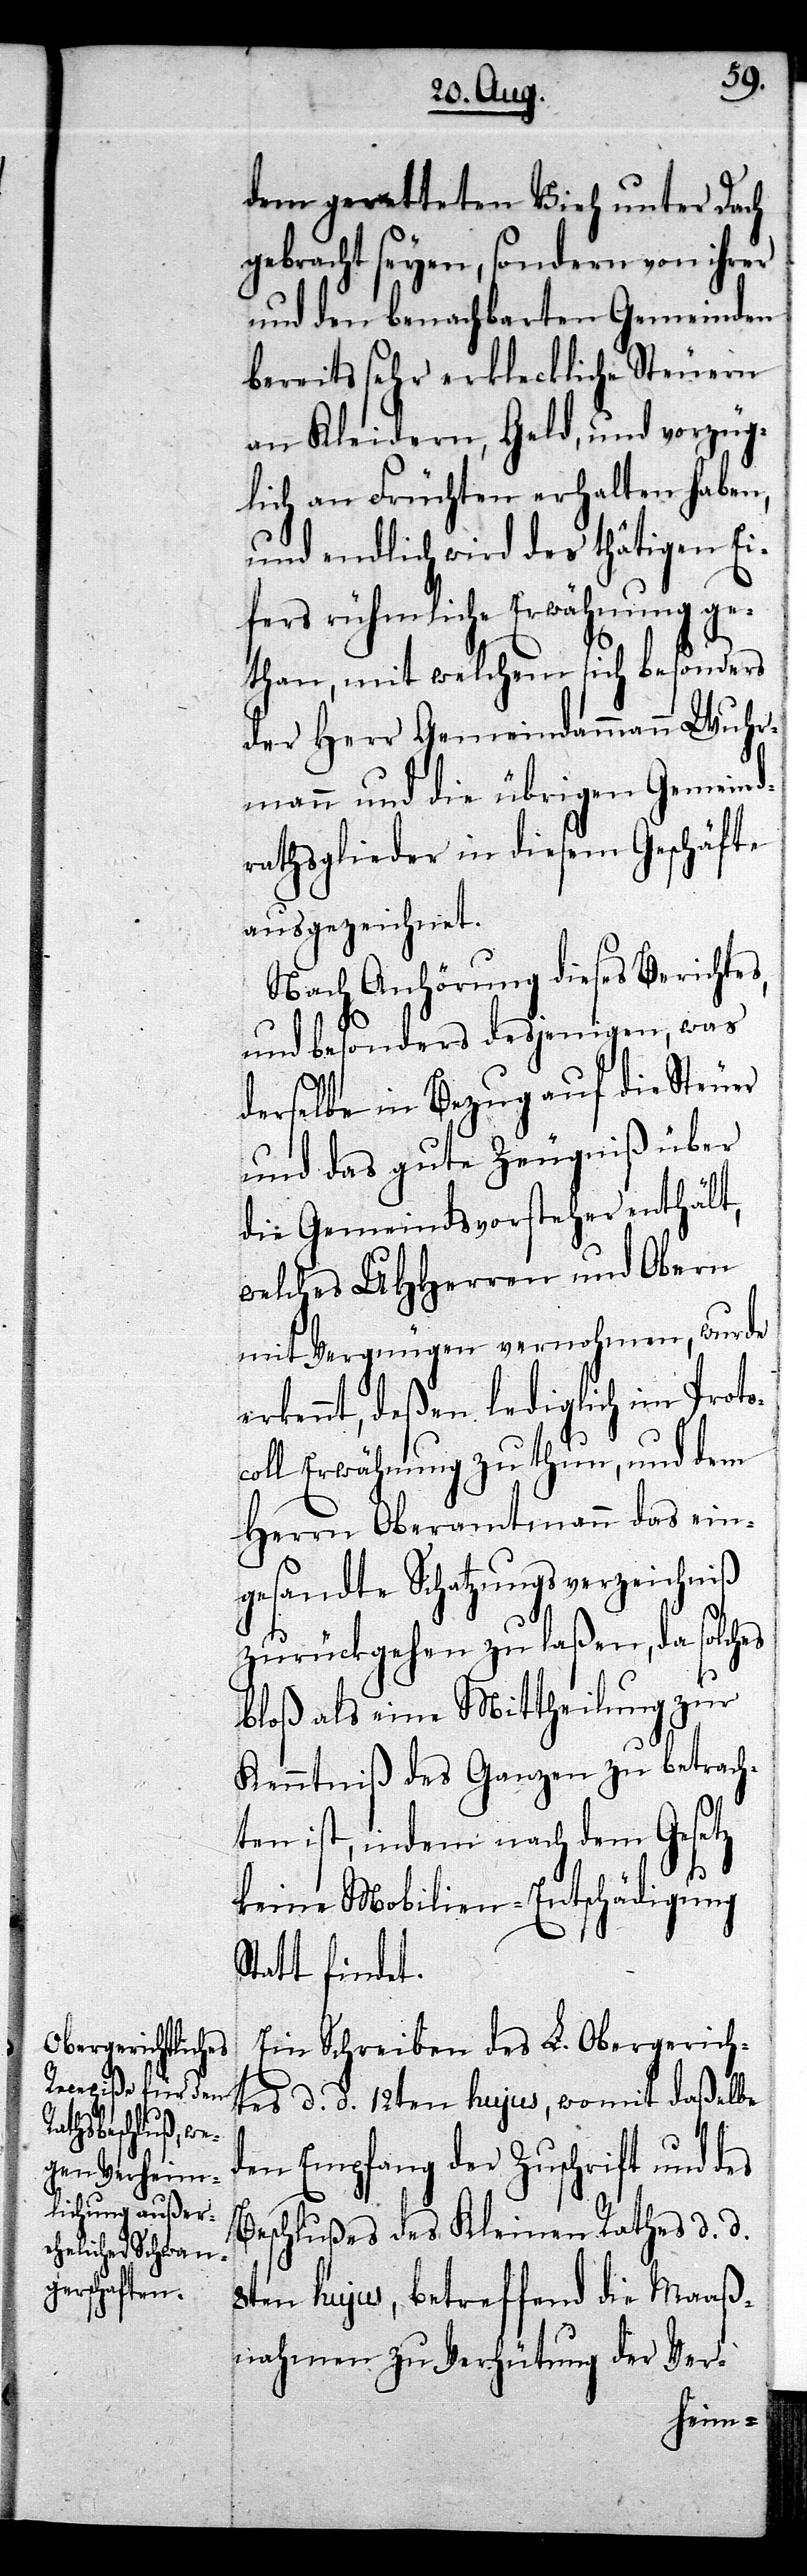
dem geretteten Vieh unter Dach
gebracht seyen, sondern von ihrer
und den benachbarten Gemeinden
bereits sehr erkleckliche Steuern
an Kleidern, Geld, und vorzüg¬
lich an Früchten erhalten haben,
und endlich wird des thätigen Ei¬
fers rühmliche Erwähnung ge¬
than, mit welchem sich besonders
der Herr Gemeindammann Wuhr¬
mann und die übrigen Gemeind¬
rathsglieder in diesem Geschäfte
ausgezeichnet.
Nach Anhörung dieses Berichtes,
und besonders desjenigen, was
derselbe in Bezug auf die Steuer
und das gute Zeugniß über
die Gemeindsvorsteher enthält,
welches UHHerren und Obern
mit Vergnügen vernohmen, wurde
rkennt, deßen lediglich im Proto¬
coll Erwähnung zu thun, und dem
Herrn Oberamtmann das ein¬
gesandte Schatzungsverzeichniß
zurückgehen zu laßen, da solches
bloß als eine Mittheilung zur
Kenntniß des Ganzen zu betrach¬
ten ist, indem nach dem Gesetz
keine Mobilien-Entschädigung
Statt findet.
Ein Schreiben des L. Obergerich¬
tes d. d. 12ten hujus, womit daßelbe
den Empfang der Zuschrift und
Beschlußes des Kleinen Rathes d. d.
8ten hujus, betreffend die Maaß¬
nahmen zu Verhütung der Ver-
e¬